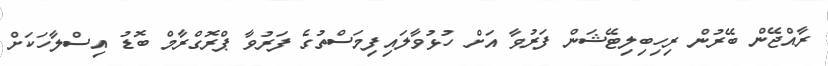
ރާއްޖޭން ބޭރުން ރިހިބިލިޓޭޝަން ފަރުވާ އަށް ހުޅުވާލައިފިމަސްތުގެ ފަރުވާ ޕްރޮގްރާމް ބޮޑު އިސްލާހަކަށް